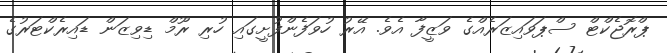
ޕްރޮޖެކްޓް ސްޕަވައިޒަރެއްގެ ވަޒީފާ އެވެ. އޭރު ހުވަފެންފުށީގައި ހުރި ރޫމް ޑިވިޒަން ޑައިރެކްޓަރުގެ